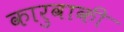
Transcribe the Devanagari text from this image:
कारुवाकी